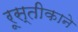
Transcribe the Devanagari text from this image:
रूस्तीकाने